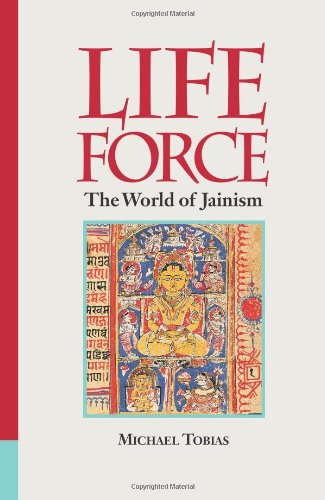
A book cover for Life Force : The World of Jainism; Michael Tobias; Religion & Spirituality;